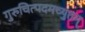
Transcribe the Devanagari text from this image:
गुरुचित्पदमच्युतम्